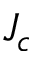
J _ { c }